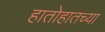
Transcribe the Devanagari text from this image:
हातोहातच्या